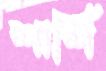
শার্শি